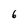
Character: 6